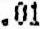
.01